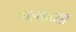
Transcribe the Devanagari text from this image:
गल्फच्या